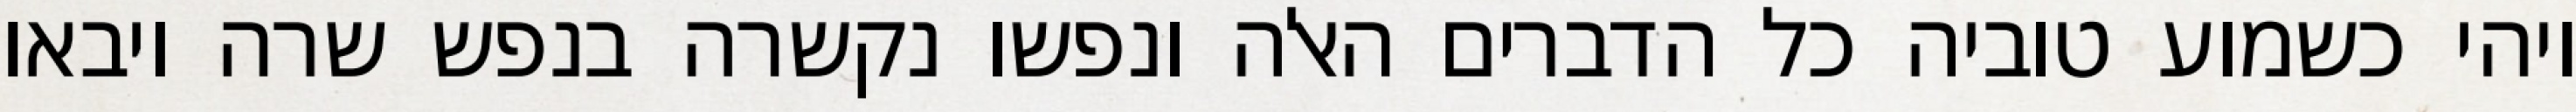
ויהי כשמוע טוביה כל הדברים האלה ונפשו נקשרה בנפש שרה ויבאו